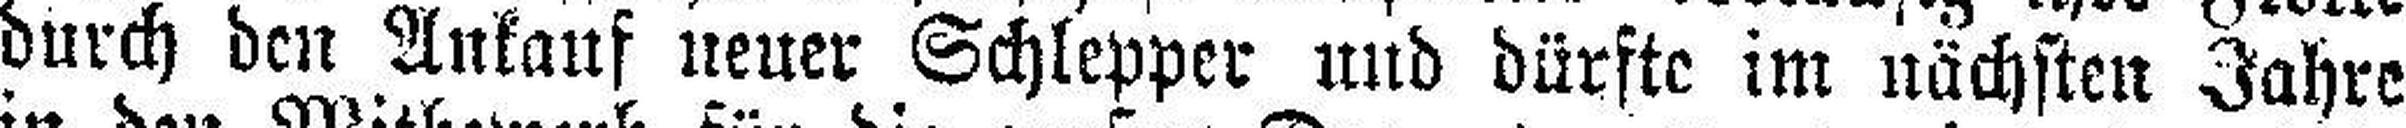
durch den Ankauf neuer Schlepper und dürfte im nächsten Jahre